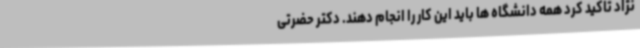
نژاد تاکید کرد همه دانشگاه ها باید این کار را انجام دهند. دکتر حضرتی